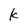
Character: k